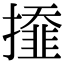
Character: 𢶍